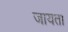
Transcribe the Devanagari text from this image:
जायता